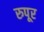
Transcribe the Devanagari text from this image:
रुपूर